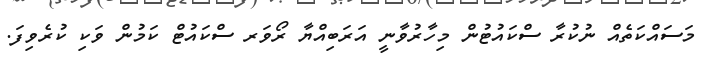
މަސައްކަތެއް ނުކުރާ ސްކައުޓުން މިހާރުވާނީ އަރަބިއްޔާ ރޯވަރ ސްކައުޓް ކަމުން ވަކި ކުރެވިފަ.